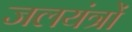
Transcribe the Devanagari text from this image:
जलयंत्रों